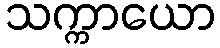
သက္ကာယော